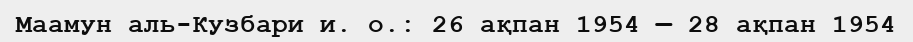
Маамун аль-Кузбари и. о.: 26 ақпан 1954 — 28 ақпан 1954